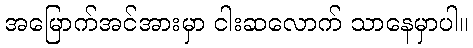
အမြောက်အင်အားမှာ ငါးဆလောက် သာနေမှာပါ။